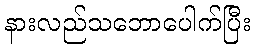
နားလည်သဘောပေါက်ပြီး